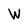
Character: W